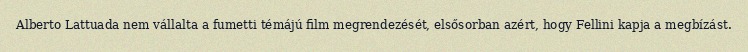
Alberto Lattuada nem vállalta a fumetti témájú film megrendezését, elsősorban azért, hogy Fellini kapja a megbízást.